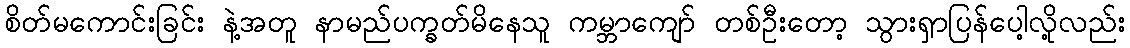
စိတ်မကောင်းခြင်း နဲ့အတူ နာမည်ပက္ခတ်မိနေသူ ကမ္ဘာကျော် တစ်ဦးတော့ သွားရှာပြန်ပေါ့လို့လည်း